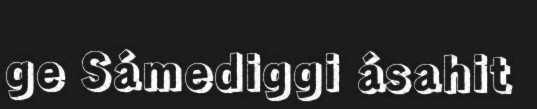
ge Sámediggi ásahit